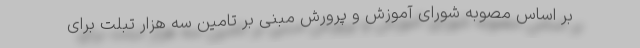
بر اساس مصوبه شورای آموزش و پرورش مبنی بر تامین سه هزار تبلت برای